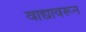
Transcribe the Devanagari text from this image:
वाद्यावरून